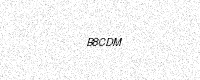
Text: B8CDM